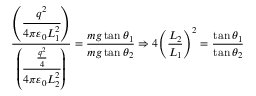
{ \frac { \left( { \cfrac { q ^ { 2 } } { 4 \pi \varepsilon _ { 0 } L _ { 1 } ^ { 2 } } } \right) } { \left( { \cfrac { \frac { q ^ { 2 } } { 4 } } { 4 \pi \varepsilon _ { 0 } L _ { 2 } ^ { 2 } } } \right) } } = { \frac { m g \tan \theta _ { 1 } } { m g \tan \theta _ { 2 } } } \Rightarrow 4 { \left( { \frac { L _ { 2 } } { L _ { 1 } } } \right) } ^ { 2 } = { \frac { \tan \theta _ { 1 } } { \tan \theta _ { 2 } } }